system: You are a helpful assistant.
user:
Analyze the provided spectrum to determine if it is a **M-type Giant (gM)**.

A M-type Giant spectrum is defined by its **strong molecular absorption** features, particularly from **Titanium Oxide (TiO)**. You must check for one of the following mutually exclusive signatures:

- **Key Visual Indicators (Absorption-Dominated Spectrum):**

    - **(Primary):** The spectrum is dominated by strong molecular absorption from **Titanium Oxide (TiO)**. This is the **defining feature** of its M-type temperature class.
        - **(Key Bandheads):** Look for sharp, "saw-tooth" absorption valleys. The strongest are located near **~7050 Å**, **~6160 Å**, and **~5170 Å**.
        - **(Line Profile):** The "saw-tooth" morphology is critical: a **sharp, steep drop on the BLUE (short-wavelength) side** of the bandhead, followed by a gradual recovery (rising flux) towards the RED (long-wavelength) side.

    - **(Key Confirmation - Giant vs. Dwarf):** **ABSENCE** of strong **Calcium Hydride (CaH)** molecular bands. This is the primary diagnostic for *excluding* M-dwarfs.
        - **(Key Region):** The spectrum should lack the strong, broad absorption band seen in dwarfs between **~6800 Å and ~7000 Å**.

    - **(Secondary Confirmation - Giant):** A very strong and broad **Neutral Calcium (Ca I)** atomic absorption line.
        - **(Key Line):** Located at **~4226 Å**. In a giant (gM), this line is significantly deeper and broader than the same line in an M-dwarf (dM) due to low surface gravity.

    - **(Overall Spectrum):**
        - The continuum is **extremely red-sloping** (i.e., flux is very low in the blue and rises dramatically towards the red).
        - The entire spectrum appears "chopped up" by the deep TiO bands.

Think first, call **spectral_visualization_tool** if needed to examine features in detail, then provide your final answer. Your response must adhere to the following strict rules:
1.  **Overall Structure:** Your response must follow the format `<think>...</think> <tool_call>...</tool_call> (if a tool is used) <answer>...</answer>`.
2.  **Tool Usage Constraint:** You may only make **one** tool call per turn.
3.  **Final Answer Format:** In the `<answer>` tag, your conclusion must be inside a `\boxed{}` command (e.g., `\boxed{YES}` or `\boxed{NO}`), followed by your justification.

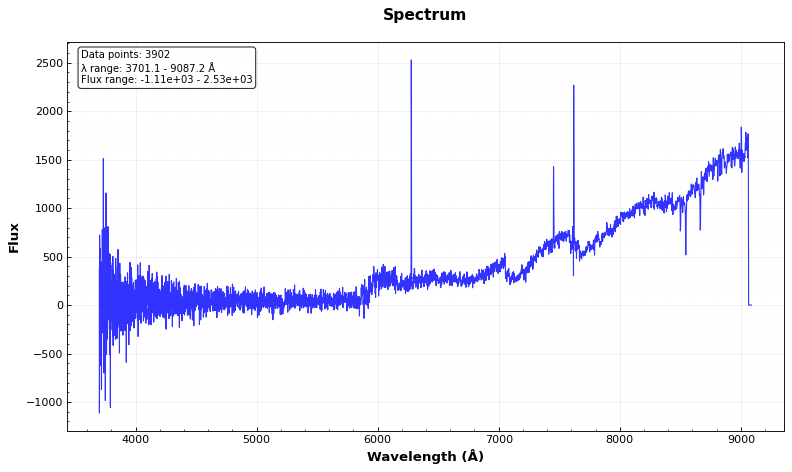
Answer: YES